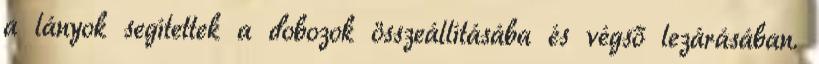
a lányok segítettek a dobozok összeállításába és végső lezárásában.